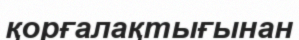
қорғалақтығынан